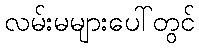
လမ်းမများပေါ်တွင်